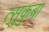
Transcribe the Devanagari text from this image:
त्सुकुबा